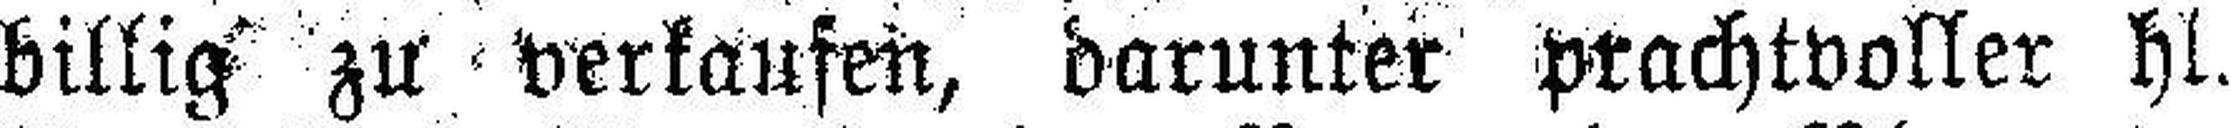
billig zu verkaufen, darunter prachtvoller hl.